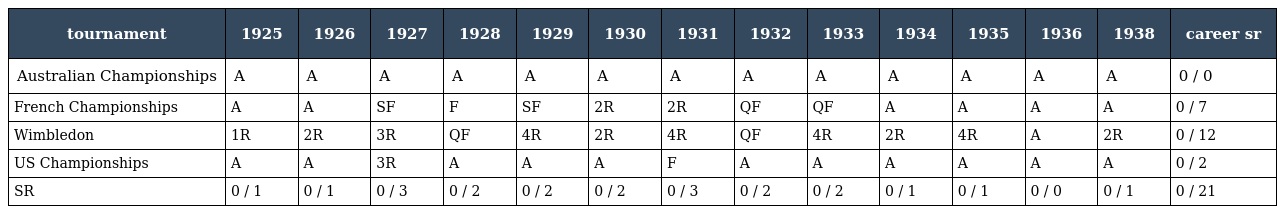
| tournament | 1925 | 1926 | 1927 | 1928 | 1929 | 1930 | 1931 | 1932 | 1933 | 1934 | 1935 | 1936 | 1938 | career sr |
 | --- | --- | --- | --- | --- | --- | --- | --- | --- | --- | --- | --- | --- | --- | --- |
 | Australian Championships | A | A | A | A | A | A | A | A | A | A | A | A | A | 0 / 0 |
 | French Championships | A | A | SF | F | SF | 2R | 2R | QF | QF | A | A | A | A | 0 / 7 |
 | Wimbledon | 1R | 2R | 3R | QF | 4R | 2R | 4R | QF | 4R | 2R | 4R | A | 2R | 0 / 12 |
 | US Championships | A | A | 3R | A | A | A | F | A | A | A | A | A | A | 0 / 2 |
 | SR | 0 / 1 | 0 / 1 | 0 / 3 | 0 / 2 | 0 / 2 | 0 / 2 | 0 / 3 | 0 / 2 | 0 / 2 | 0 / 1 | 0 / 1 | 0 / 0 | 0 / 1 | 0 / 21 |